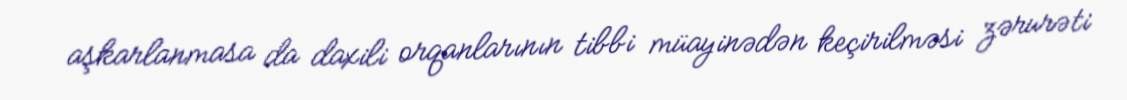
aşkarlanmasa da daxili orqanlarının tibbi müayinədən keçirilməsi zərurəti